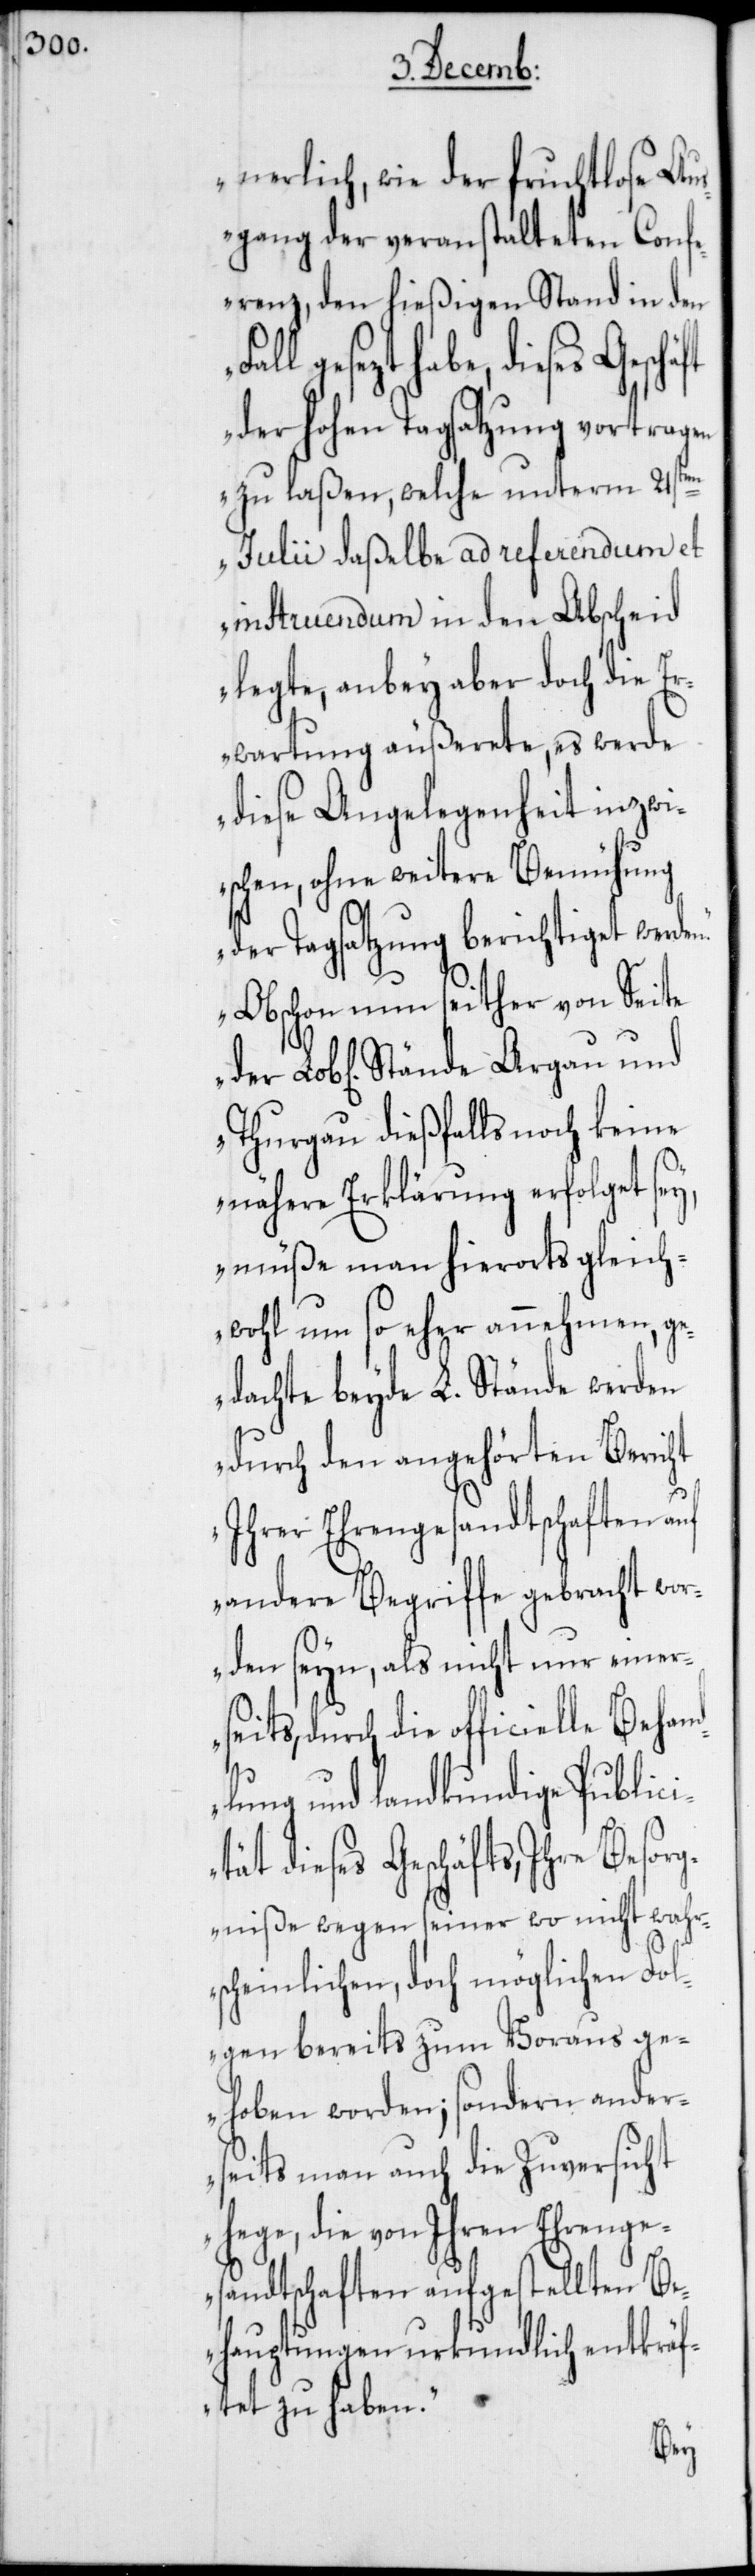
nerlich, wie der fruchtlose Au¬
sgang der veranstalteten Conf¬
erenz, den hießigen Stand in den
gesezt habe, dieses
der hohen Tagsatzung vortragen
zu laßen, welche unterm 21sten
Julii daßelbe ad referendum et
instruendum in den Abscheid
legte, anbey aber doch die Er¬
wartung äußerete, es werde
diese Angelegenheit inzwi¬
schen, ohne weitere Bemühung
der Tagsatzung berichtiget werden.
Obschon nun seither von Seite
Thurgau dießfalls noch keine
nähere Erklärung erfolget sey,
müße man hierorts gleich¬
wohl um so eher annehmen, ge¬
dachte beyde L. Stände werden
durch den angehörten Bericht
Ihrer Ehrengesandtschaften auf
andere Begriffe gebracht wo¬
rden seyn, als nicht nur einers¬
eits, durch die officielle Behan¬
dlung und landkundige Publici¬
tät dieses Geschäfts, Ihre Besor¬
gniße wegen seiner wo nicht wahr¬
scheinlichen, doch möglichen Fol¬
gen bereits zum Voraus ge¬
hoben worden; sondern ander¬
seits man auch die Zuversicht
hege, die von Ihren Ehrenge¬
sandtschaften aufgestellten Be¬
hauptungen urkundlich entkräf¬
tet zu haben.
der